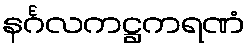
နင်္ဂလကဋ္ဌကရဏံ